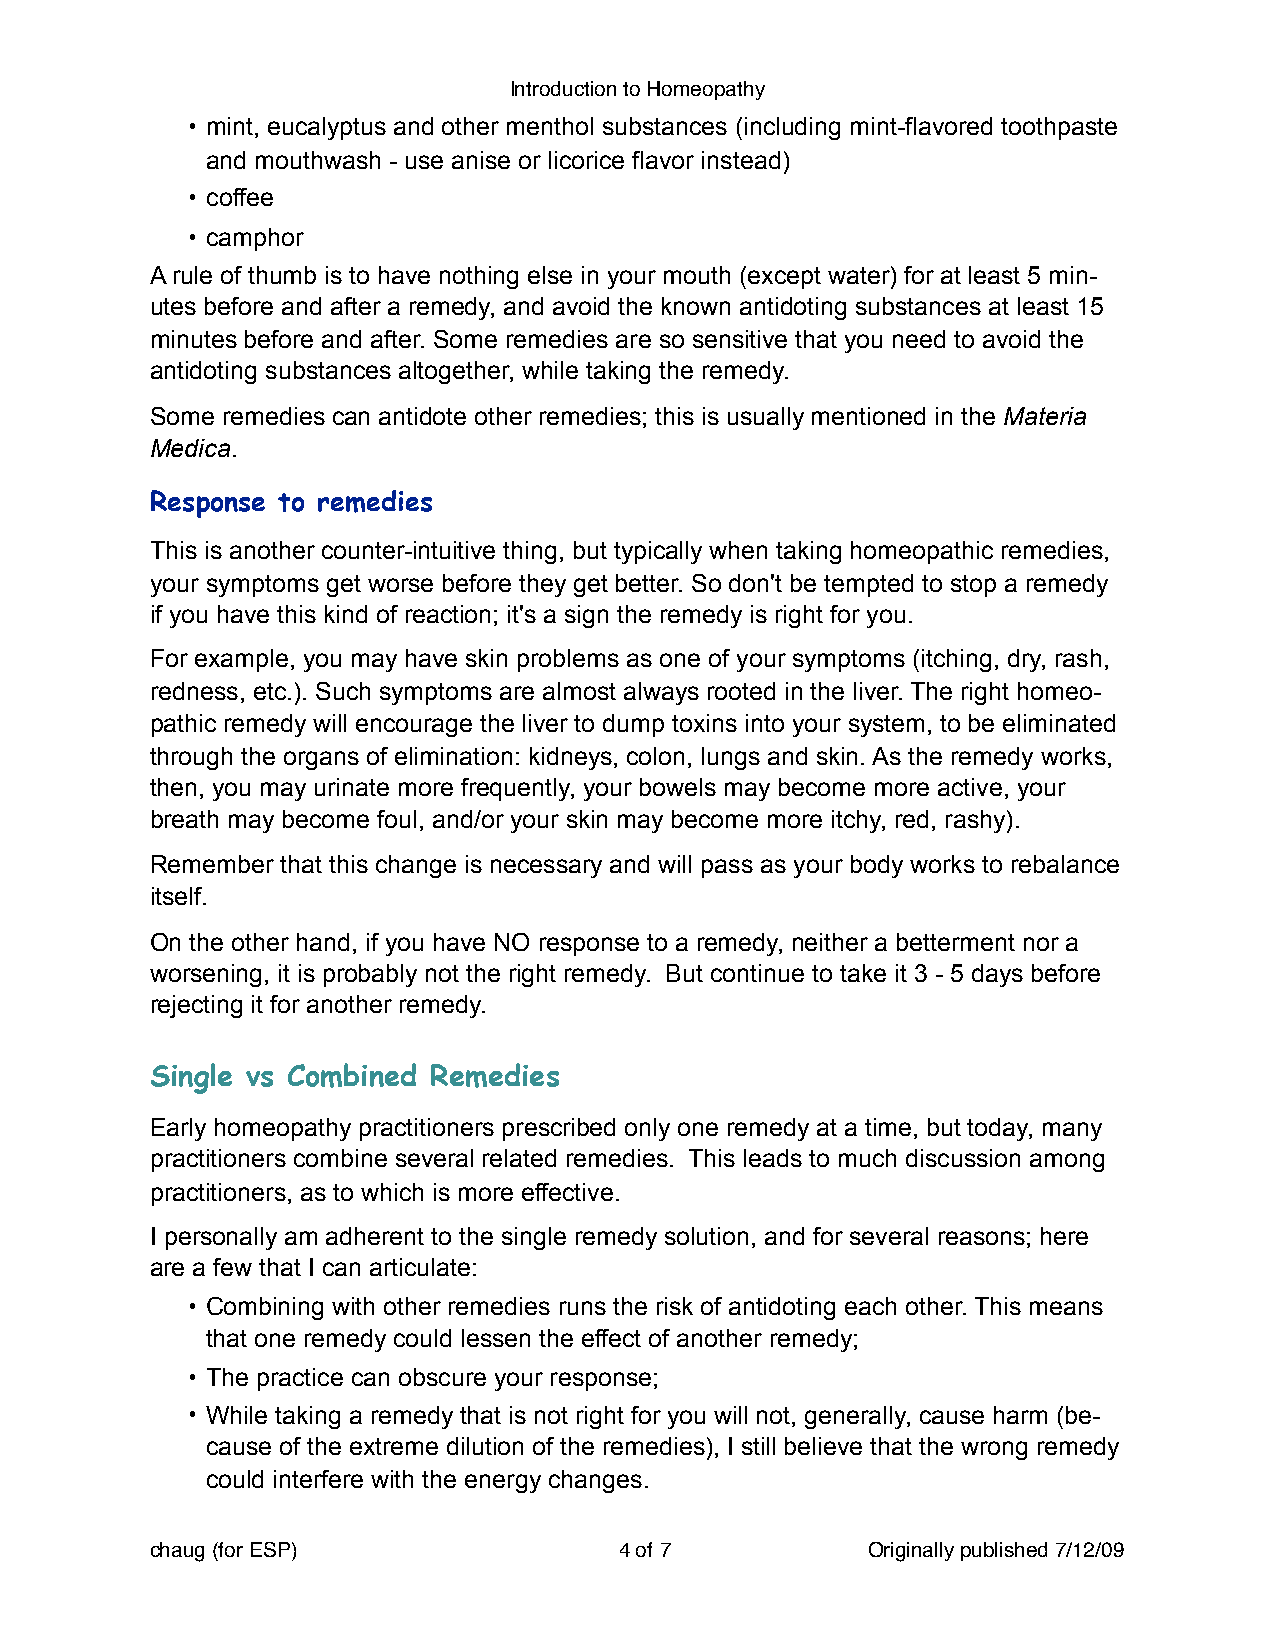
Introduction to Homeopathy
 • mint, eucalyptus and other menthol substances (including mint-flavored toothpaste
 and mouthwash - use anise or licorice flavor instead)
 • coffee
 • camphor
 A rule of thumb is to have nothing else in your mouth (except water) for at least 5 min-
 utes before and after a remedy, and avoid the known antidoting substances at least 15
 minutes before and after. Some remedies are so sensitive that you need to avoid the
 antidoting substances altogether, while taking the remedy.
 Some remedies can antidote other remedies; this is usually mentioned in the Materia
 Medica.
 Response to remedies
 This is another counter-intuitive thing, but typically when taking homeopathic remedies,
 your symptoms get worse before they get better. So don't be tempted to stop a remedy
 if you have this kind of reaction; it's a sign the remedy is right for you.
 For example, you may have skin problems as one of your symptoms (itching, dry, rash,
 redness, etc.). Such symptoms are almost always rooted in the liver. The right homeo-
 pathic remedy will encourage the liver to dump toxins into your system, to be eliminated
 through the organs of elimination: kidneys, colon, lungs and skin. As the remedy works,
 then, you may urinate more frequently, your bowels may become more active, your
 breath may become foul, and/or your skin may become more itchy, red, rashy).
 Remember that this change is necessary and will pass as your body works to rebalance
 itself.
 On the other hand, if you have NO response to a remedy, neither a betterment nor a
 worsening, it is probably not the right remedy. But continue to take it 3 - 5 days before
 rejecting it for another remedy.
 Single vs Combined Remedies
 Early homeopathy practitioners prescribed only one remedy at a time, but today, many
 practitioners combine several related remedies. This leads to much discussion among
 practitioners, as to which is more effective.
 I personally am adherent to the single remedy solution, and for several reasons; here
 are a few that I can articulate:
 • Combining with other remedies runs the risk of antidoting each other. This means
 that one remedy could lessen the effect of another remedy;
 • The practice can obscure your response;
 • While taking a remedy that is not right for you will not, generally, cause harm (be-
 cause of the extreme dilution of the remedies), I still believe that the wrong remedy
 could interfere with the energy changes.
 chaug (for ESP)!               4 of 7!         Originally published 7/12/09